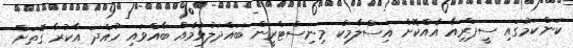
ކަންކަމުގައި ސީޕްރިއާ އެއްކޮށް އިސްލާމިކް މިނިސްޓްރީން ބައްދަލުވުމެއް ބާއްވައި ހުއްދަ އާކުރާ ގޮތަށް